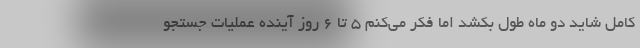
کامل شاید دو ماه طول بکشد اما فکر می‌کنم ۵ تا ۶ روز آینده عملیات جستجو